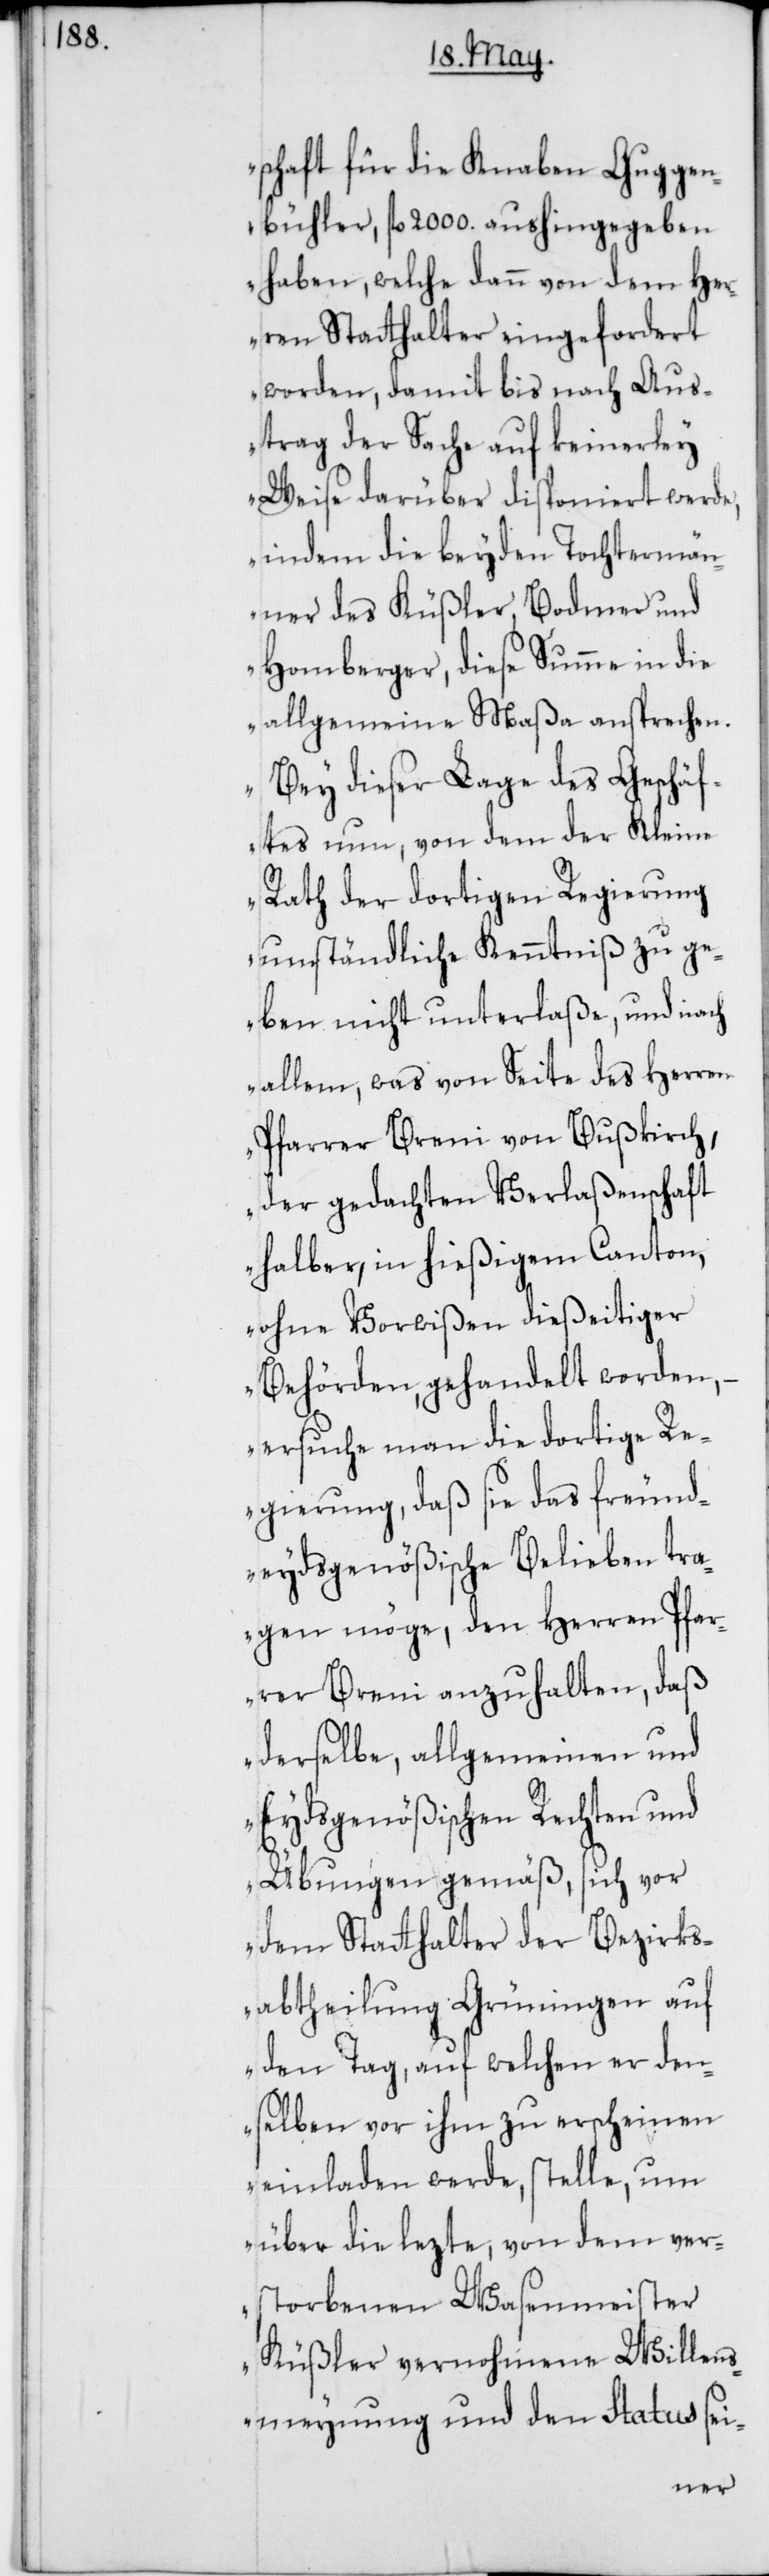
schaft für die Knaben Guggen¬
bühler, fl. 2000. aushingegeben
haben, welche dann von dem Her¬
ren Stathalter eingefordert
worden, damit bis nach Aus¬
trag der Sache auf keinerley
Weise darüber disponiert werde,
indem die beyden Tochtermän¬
ner des Küßler, Bodmer und
Homberger, diese Summe in die
allgemeine Maßa ansprechen.
Bey dieser Lage des Geschäf¬
tes nun, von dem der Kleine
Rath der dortigen Regierung
umständliche Kenntniß zu ge¬
ben nicht unterlaße, und nach
allem, was von Seite des Herren
Pfarrer Breni von Bußkirch,
der gedachten Verlaßenschaft
halber, in hießigem Canton,
ohne Vorwißen dießeitiger
Behörden gehandelt worden,
ersuche man die dortige Re¬
gierung, daß sie das freund¬
eydsgenößische Belieben tra¬
gen möge, den Herren Pfar¬
rer Breni anzuhalten, daß
derselbe allgemeinen und
Eydsgenößischen Rechten und
Übungen gemäß, sich vor
dem Stathalter der Bezirks¬
abtheilung Grüningen auf
den Tag, auf welchen er den¬
selben vor ihm zu erscheinen
einladen werde, stelle, um
über die lezte, von dem ver¬
storbenen Wasenmeister
Küßler vernohmene Willens¬
meynung und den Status sei